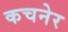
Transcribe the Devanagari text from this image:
कचनेर